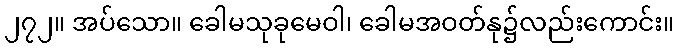
၂၇၂။ အပ်သော။ ခေါမသုခုမေဝါ၊ ခေါမအဝတ်နု၌လည်းကောင်း။